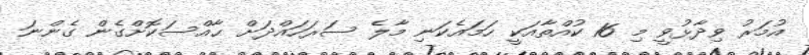
އުމަރު ވިދާޅުވީ މި 16 ކުއްތާއަކީ ހަމައެކަނި މާލެ ސަރަހައްދަށް ޙާއްސަކޮށްގެން ގެންނަ